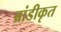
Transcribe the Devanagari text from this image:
ब्रांडीकृत